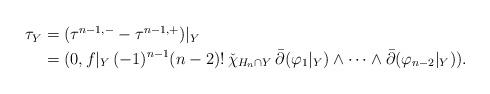
LaTeX: \begin{align*}\begin{aligned}\tau_Y &= (\tau^{n-1,-} - \tau^{n-1,+})|_Y \\&= (0, f|_Y\, (-1)^{n-1}(n-2)!\, \check{\chi}_{H_{n} \cap Y}\, \bar{\partial}(\varphi_1|_Y) \wedge \dots \wedge \bar{\partial}(\varphi_{n-2}|_Y)). \end{aligned}\end{align*}